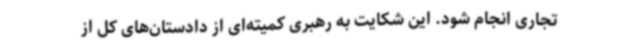
تجاری انجام شود. این شکایت به رهبری کمیته‌ای از دادستان‌های کل از